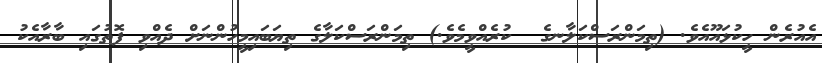
އެއުރެން ހީކުޅައޫއެވެ. (ތިމަންރަސްކަލާނގެ  ކުރެއްވީމެވެ.) ތިމަންރަސްކަލާގެ ތިޔަބައިމީހުންނަށް ދެއްވި ފޮތުގައި ބާރާއެކު